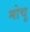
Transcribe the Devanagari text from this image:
मोचू